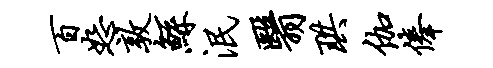
百恕敦鲧泯翳珙伽俸